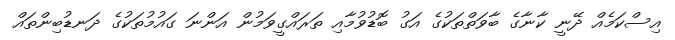
އިސްކަމެއް ދޭނީ ކާނާގެ ބާވަތްތަކުގެ އަގު ބޮޑުވުމާއި ތަރައްގީވަމުން އަންނަ ގައުމުތަކުގެ ދަނޑުބިންތައް